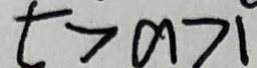
t > a > 1